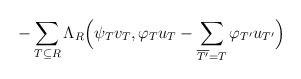
LaTeX: \begin{align*}-\sum_{T\subseteq R}\Lambda_R\Big( \psi_{T}v_T , \varphi_{T}u_{T}- \sum_{\overline{T'}=T}\varphi_{T'}u_{T'}\Big)\end{align*}